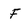
Character: F